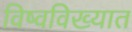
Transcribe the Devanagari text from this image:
विष्वविख्यात